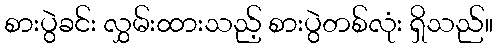
စားပွဲခင်း လွှမ်းထားသည့် စားပွဲတစ်လုံး ရှိသည်။